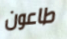
طاعون